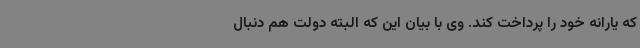
که یارانه خود را پرداخت کند. وی با بیان این که البته دولت هم دنبال